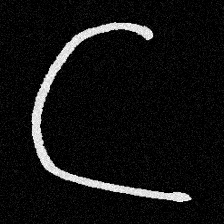
Pyu character \u2014 Myanmar letter: ဋ (romanized: tta)